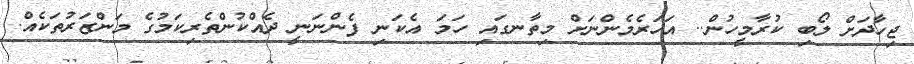
ޖިހާދަށް ލޯބި ކުރާމީހުން.. އަހަރެމެންނަށް މިތާނގައި ހަމަ އެކަނި ފެންނަނީ ދެއްކުންތެރިކަމުގެ މަންޒަރުތަކެއް.